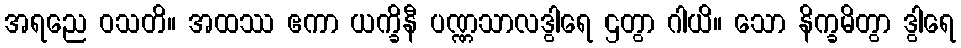
အရညေ ဝသတိ။ အထဿ ဧကာ ယက္ခိနီ ပဏ္ဏသာလဒွါရေ ဌတွာ ဂါယိ။ သော နိက္ခမိတွာ ဒွါရေ